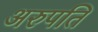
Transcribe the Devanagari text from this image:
अरुपति